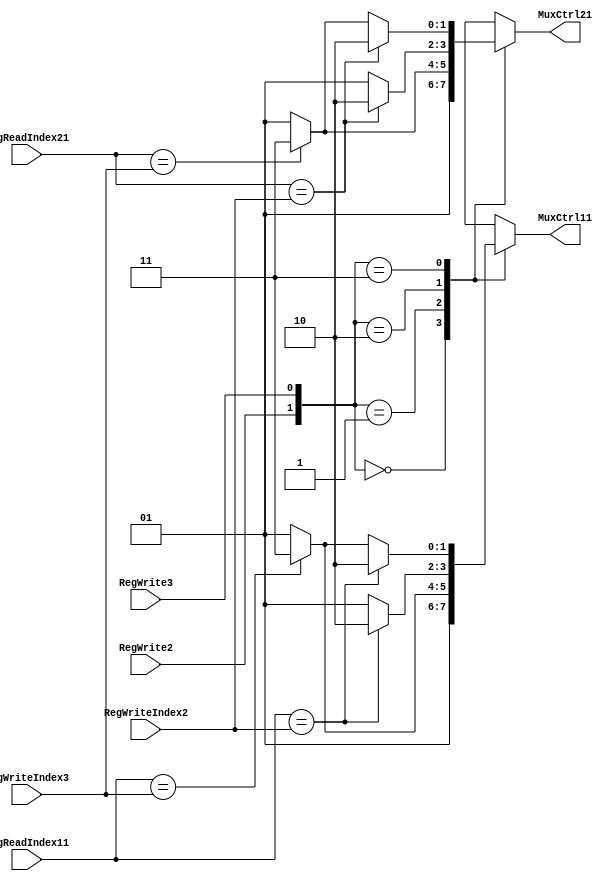
// forwarding unit
module fu(
	input wire[3:0] RegWriteIndex2,
	input wire RegWrite2,
	input wire[3:0] RegWriteIndex3,
	input wire RegWrite3,
	input wire[3:0] RegReadIndex11,
	input wire[3:0] RegReadIndex21,

	output reg[1:0] MuxCtrl11,
	output reg[1:0] MuxCtrl21
    );

	always @(*) begin
		case ({RegWrite2, RegWrite3})
			2'b00: begin
				MuxCtrl11 <= 1;
				MuxCtrl21 <= 1;
			end
			2'b01: begin
				if (RegReadIndex11 == RegWriteIndex3) begin
					MuxCtrl11 <= 3;
				end else begin
					MuxCtrl11 <= 1;
				end
				if (RegReadIndex21 == RegWriteIndex3) begin
					MuxCtrl21 <= 3;
				end else begin
					MuxCtrl21 <= 1;
				end
			end
			2'b10: begin
				if (RegReadIndex11 == RegWriteIndex2) begin
					MuxCtrl11 <= 2;
				end else begin
					MuxCtrl11 <= 1;
				end
				if (RegReadIndex21 == RegWriteIndex2) begin
					MuxCtrl21 <= 2;
				end else begin
					MuxCtrl21 <= 1;
				end
			end
			2'b11: begin
				if (RegReadIndex11 == RegWriteIndex2) begin
					MuxCtrl11 <= 2;
				end else if (RegReadIndex11 == RegWriteIndex3) begin
					MuxCtrl11 <= 3;
				end else begin
					MuxCtrl11 <= 1;
				end
				if (RegReadIndex21 == RegWriteIndex2) begin
					MuxCtrl21 <= 2;
				end else if (RegReadIndex21 == RegWriteIndex3) begin
					MuxCtrl21 <= 3;
				end else begin
					MuxCtrl21 <= 1;
				end
			end
		endcase

		// if (RegWrite2) begin
		// 	if (RegReadIndex11 == RegWriteIndex2) begin
		// 		MuxCtrl11 <= 2;
		// 	end else begin
		// 		MuxCtrl11 <= 1;
		// 	end
		// 	if (RegReadIndex21 == RegWriteIndex2) begin
		// 		MuxCtrl21 <= 2;
		// 	end else begin
		// 		MuxCtrl21 <= 1;
		// 	end
		// end else if (RegWrite3) begin
			// if (RegReadIndex11 == RegWriteIndex3) begin
			// 	MuxCtrl11 <= 3;
			// end else begin
			// 	MuxCtrl11 <= 1;
			// end
			// if (RegReadIndex21 == RegWriteIndex3) begin
			// 	MuxCtrl21 <= 3;
			// end else begin
			// 	MuxCtrl21 <= 1;
			// end
		// end else begin
		// 	MuxCtrl11 <= 1;
		// 	MuxCtrl21 <= 1;
		// end

		// if (RegWrite3 || RegWrite2) begin
		// 	if (RegWrite3) begin // phase 3 need to write a register
		// 		if (RegReadIndex11 == RegWriteIndex3) begin
		// 			MuxCtrl11 <= 3;
		// 			// mark1 <= 0;
		// 		end
		// 		if (RegReadIndex21 == RegWriteIndex3) begin
		// 			MuxCtrl21 <= 3;
		// 			// mark2 <= 0;
		// 		end
		// 	end	
		// 	if (RegWrite2) begin // phase 2 need to write a register
		// 		if (RegReadIndex11 == RegWriteIndex2) begin
		// 			MuxCtrl11 <= 2;
		// 			// mark1 <= 0;
		// 		end
		// 		if (RegReadIndex21 == RegWriteIndex2) begin
		// 			MuxCtrl21 <= 2;
		// 			// mark2 <= 0;
		// 		end
		// 	end		
		// end else begin
		// 	MuxCtrl11 <= 1;
		// 	MuxCtrl21 <= 1;
		// end
		
		/*if (mark1) begin
			MuxCtrl11 <= 1;
		end
		if (mark2) begin
			MuxCtrl21 <= 1;
		end*/
	end

endmodule